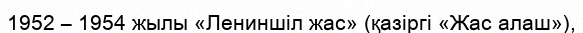
1952 – 1954 жылы «Лениншіл жас» (қазіргі «Жас алаш»),